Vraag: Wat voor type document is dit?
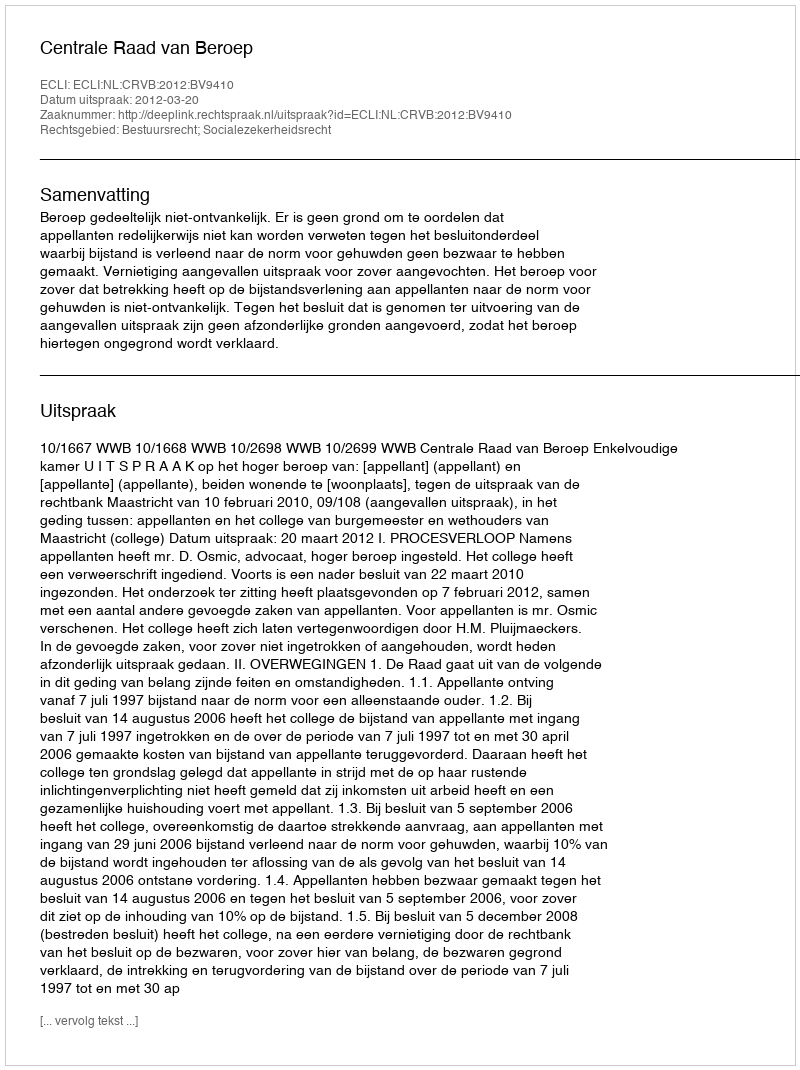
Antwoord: Uitspraak